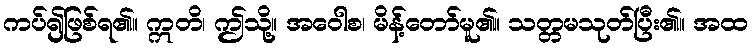
ကပ်၍ဖြစ်ရ၏။ ဣတိ၊ ဤသို့။ အဝေါစ၊ မိန့်တော်မူ၏။ သတ္တမသုတ်ပြီး၏။ အထ